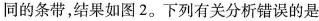
同的条带，结果如图2。下列有关分析错误的是